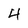
Character: 4